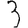
Digit: 3